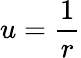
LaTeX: u={\frac{1}{r}}